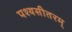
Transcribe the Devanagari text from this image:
पश्यसीतरम्